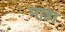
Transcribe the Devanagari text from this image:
माड़ा